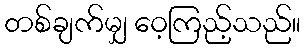
တစ်ချက်မျှ ဝေ့ကြည့်သည်။